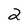
Character: 2